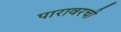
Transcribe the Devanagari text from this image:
पारावरची